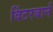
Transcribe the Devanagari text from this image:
विंटरबार्न